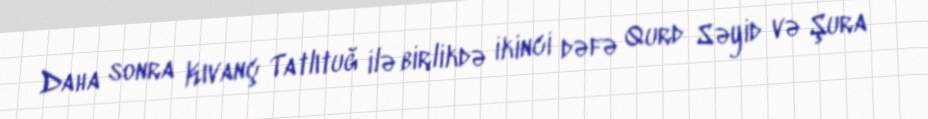
Daha sonra Kıvanç Tatlıtuğ ilə birlikdə ikinci dəfə Qurd Səyid və Şura